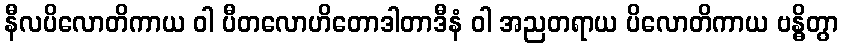
နီလပိလောတိကာယ ဝါ ပီတလောဟိတောဒါတာဒီနံ ဝါ အညတရာယ ပိလောတိကာယ ဗန္ဓိတွာ